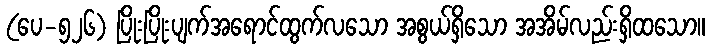
(ပေ-၅၂၆) ပြိုးပြိုးပျက်အရောင်ထွက်လသော အစွယ်ရှိသော အအိမ်လည်းရှိထသော။